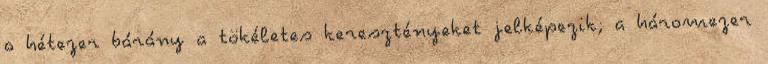
a hétezer bárány a tökéletes keresztényeket jelképezik; a háromezer